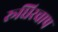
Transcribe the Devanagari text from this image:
रूधिरचाप